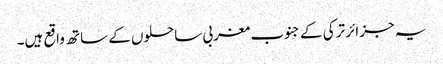
یہ جزائر ترکی کے جنوب مغربی ساحلوں کے ساتھ واقع ہیں۔